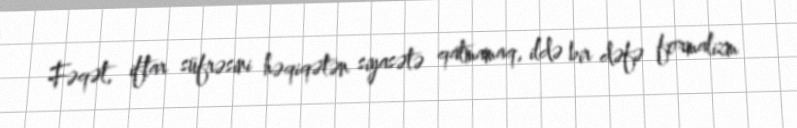
Fəqət, iftar süfrəsini həqiqətən siyasətə qatmamaq, ildə bir dəfə formalizm